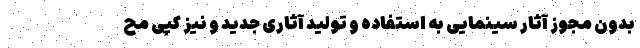
بدون مجوز آثار سینمایی به استفاده و تولید آثاری جدید و نیز کپی مح